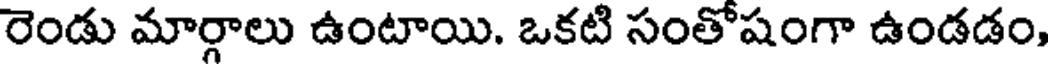
రెండు మార్గాలు ఉంటాయి. ఒకటి సంతోషంగా ఉండడం,